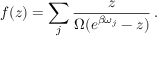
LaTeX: f ( z ) = \sum _ { j } \frac { z } { \Omega ( e ^ { \beta \omega _ { j } } - z ) } \: . \nonumber